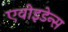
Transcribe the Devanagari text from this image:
एवोइडेन्स